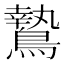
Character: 鷙